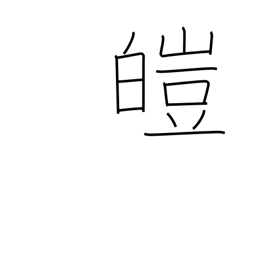
Meaning: white